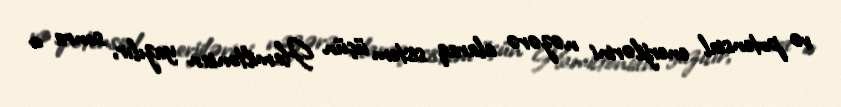
və potensial enerjilərini nəzərə alaraq sistem üçün Hamiltonian yazılır, sonra o